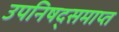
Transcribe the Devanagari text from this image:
उपनिषद्समाप्त